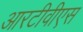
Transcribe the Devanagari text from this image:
आरटीवीएस